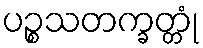
ပဉ္စသတက္ခတ္တုံ